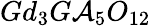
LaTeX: Gd_{3}G\mathcal{A}_{5}O_{12}